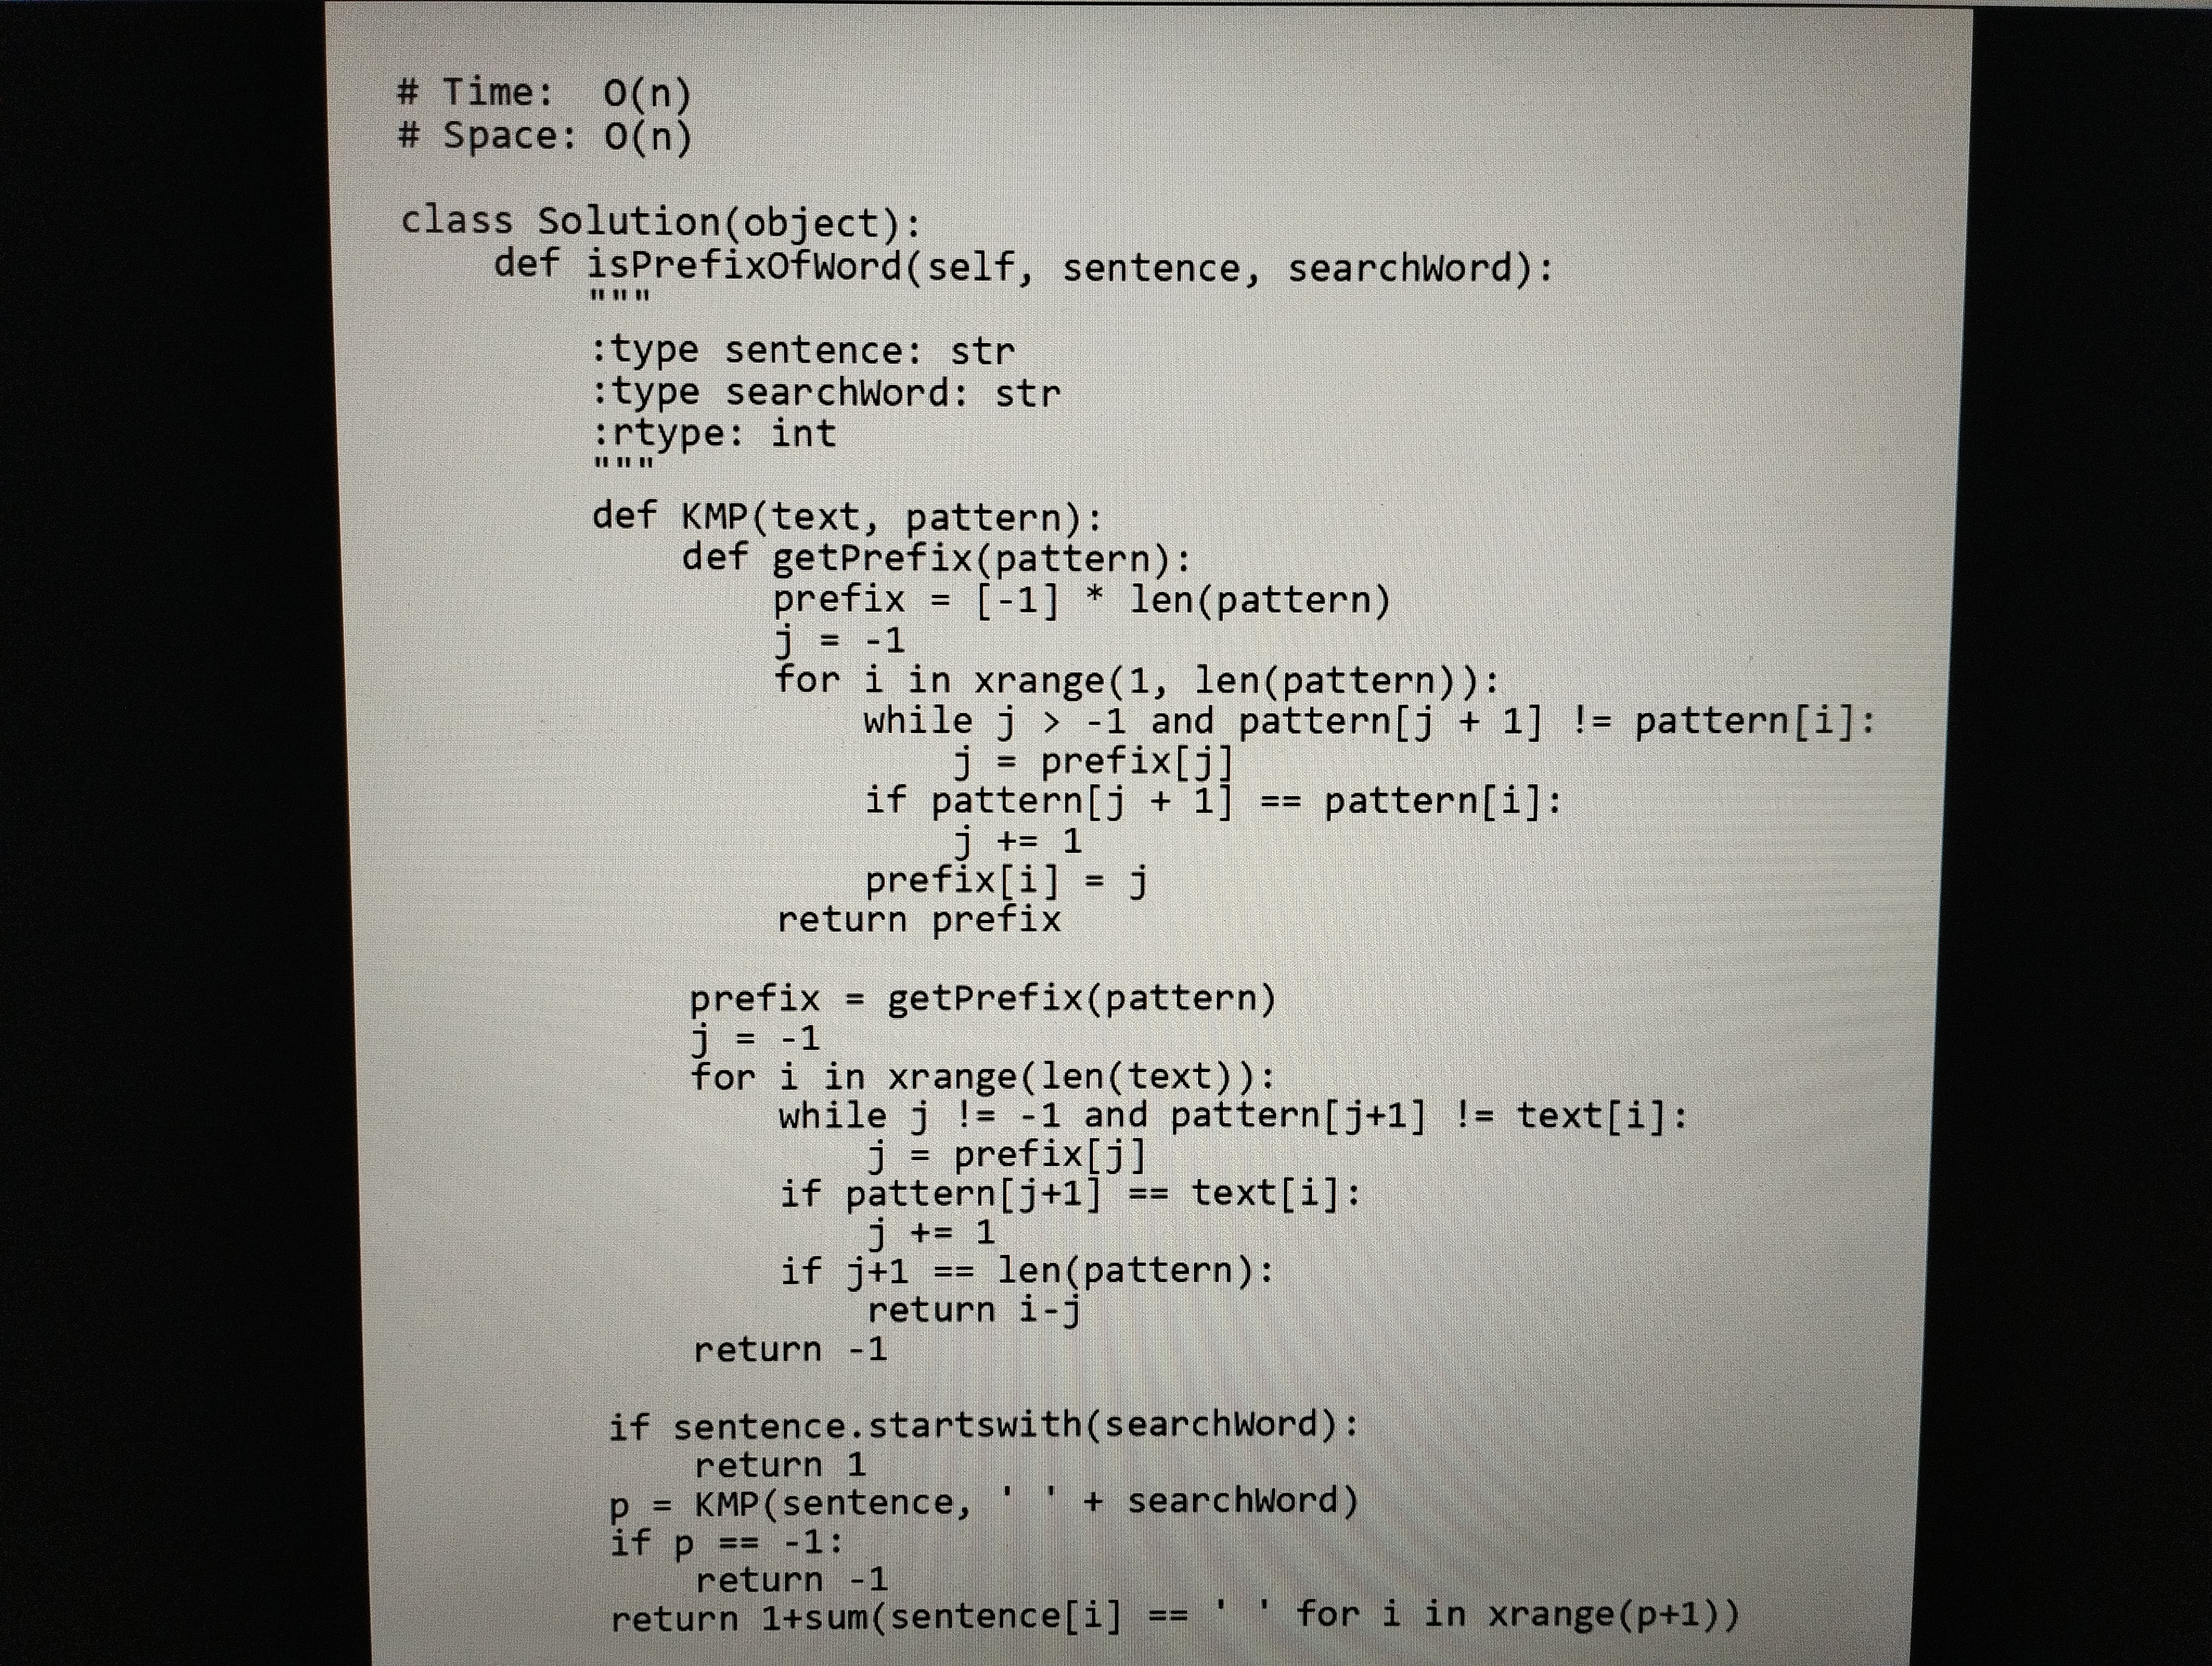
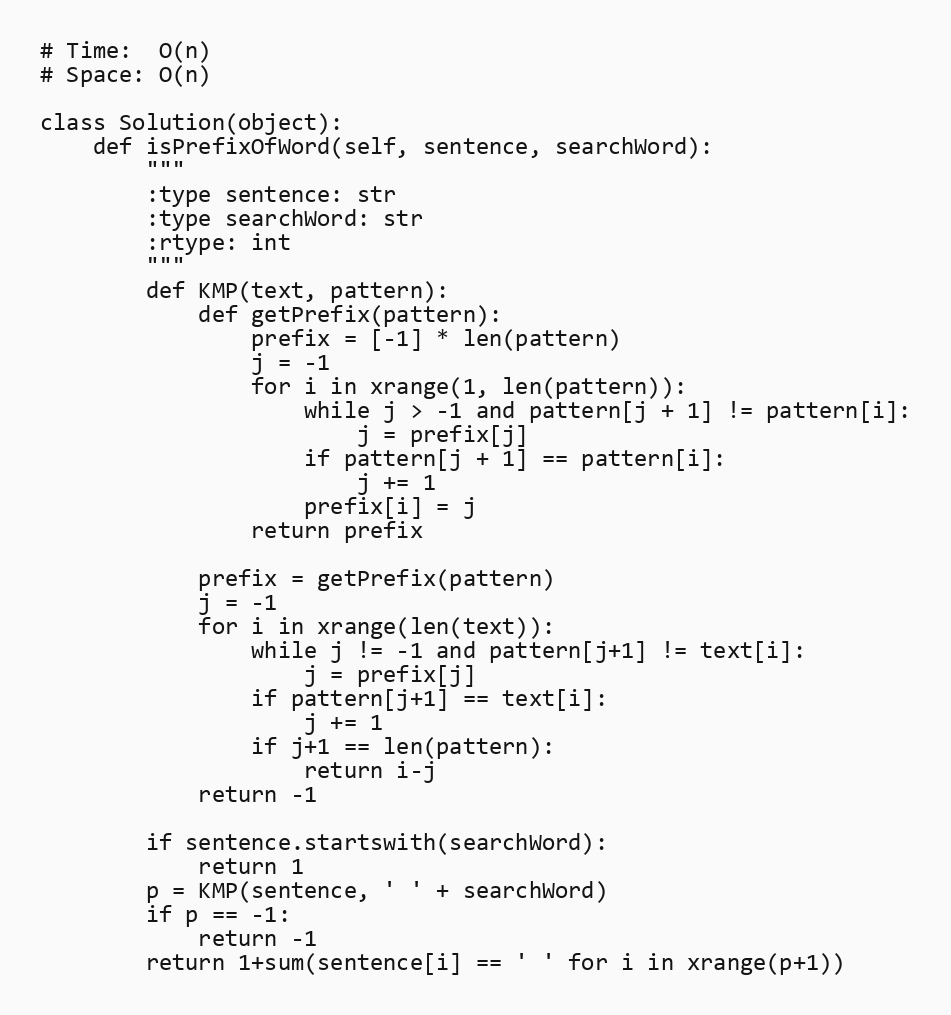
# Time:  O(n)
# Space: O(n)

class Solution(object):
    def isPrefixOfWord(self, sentence, searchWord):
        """
        :type sentence: str
        :type searchWord: str
        :rtype: int
        """
        def KMP(text, pattern):
            def getPrefix(pattern):
                prefix = [-1] * len(pattern)
                j = -1
                for i in xrange(1, len(pattern)):
                    while j > -1 and pattern[j + 1] != pattern[i]:
                        j = prefix[j]
                    if pattern[j + 1] == pattern[i]:
                        j += 1
                    prefix[i] = j
                return prefix

            prefix = getPrefix(pattern)
            j = -1
            for i in xrange(len(text)):
                while j != -1 and pattern[j+1] != text[i]:
                    j = prefix[j]
                if pattern[j+1] == text[i]:
                    j += 1
                if j+1 == len(pattern):
                    return i-j
            return -1

        if sentence.startswith(searchWord):
            return 1
        p = KMP(sentence, ' ' + searchWord)
        if p == -1:
            return -1
        return 1+sum(sentence[i] == ' ' for i in xrange(p+1))